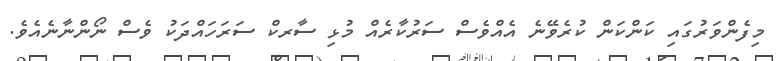
މިފެންވަރުގައި ކަންކަން ކުރެވޭނެ އެއްވެސް ސަރުކާރެއް މުޅި ސާރކް ސަރަހައްދަކު ވެސް ނޯންނާނެއެވެ.